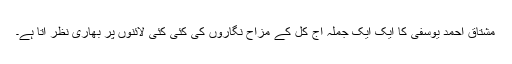
مشتاق احمد یوسفی کا ایک ایک جملہ آج کل کے مزاح نگاروں کی کئی کئی لائنوں پر بھاری نظر آتا ہے۔